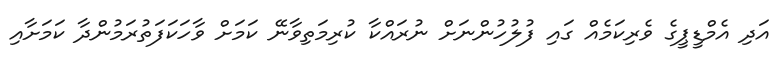
އަދި އެމްޑީޕީގެ ވެރިކަމެއް ގައި ފުލުހުންނަށް ނުރައްކާ ކުރިމަތިވާނޭ ކަމަށް ވާހަކަފަތުރަމުންދާ ކަމަށާއި